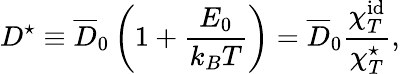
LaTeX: D^{\star}\equiv\overline{{D}}_{0}\left(1+\frac{E_{0}}{k_{B}T}\right)=\overline{{D}}_{0}\frac{\chi_{T}^{\mathrm{id}}}{\chi_{T}^{\star}},